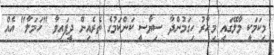
މިކަމަކީ މާލޭގައި މިހާރު ހިގަމުންދާ ސިޔާސީ ކަންކަމުގެ ތެރެއިން ދީފައިވާ "ހަމަލާ" އެއް